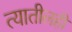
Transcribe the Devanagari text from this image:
त्यातीलही